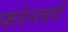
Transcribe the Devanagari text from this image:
फ्लेनबर्ग